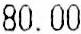
80.00